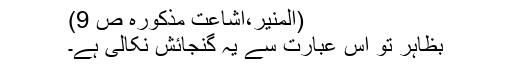
(المنیر،اشاعت مذکورہ ص 9)
بظاہر تو اس عبارت سے یہ گنجائش نکالی ہے۔